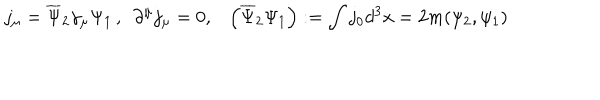
LaTeX: j _ { \mu } = \overline { { { \Psi } } } _ { 2 } \gamma _ { \mu } \Psi _ { 1 } \, , \, \, \, \partial ^ { \mu } j _ { \mu } = 0 , \, \, \, \, \, \left( \overline { { { \Psi } } } _ { 2 } \Psi _ { 1 } \right) : = \int j _ { 0 } d ^ { 3 } x = 2 m ( \psi _ { 2 } , \psi _ { 1 } ) \,